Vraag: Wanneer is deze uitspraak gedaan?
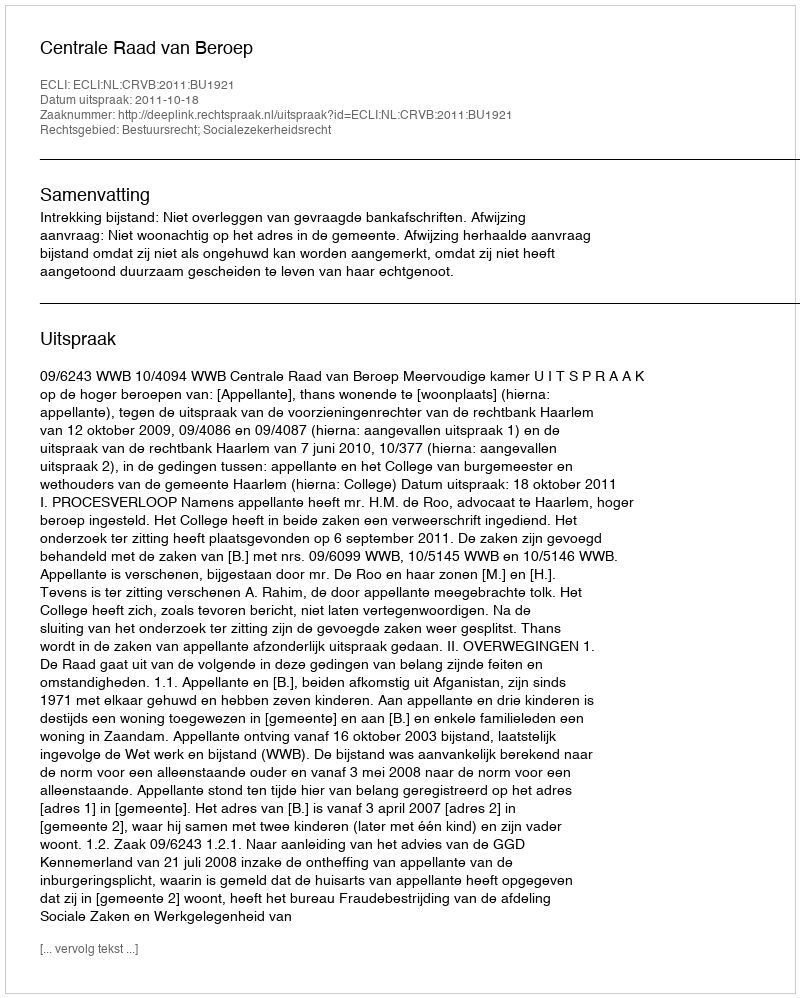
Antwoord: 2011-10-18